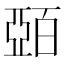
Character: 𫡷